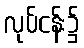
လုပ်ငန်း၌